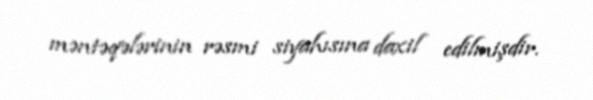
məntəqələrinin rəsmi siyahısına daxil edilmişdir.